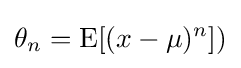
\theta _{n}=\operatorname {E} [(x-\mu )^{n}])